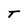
Character: T